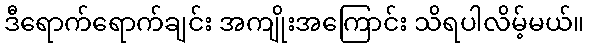
ဒီရောက်ရောက်ချင်း အကျိုးအကြောင်း သိရပါလိမ့်မယ်။